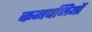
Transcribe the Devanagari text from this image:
कमपनियों